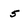
Character: 5